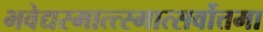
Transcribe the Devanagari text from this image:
भवेद्यस्मात्त्स्मात्सर्वोत्तमा